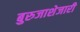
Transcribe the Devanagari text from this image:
बुरुजाशेजारी